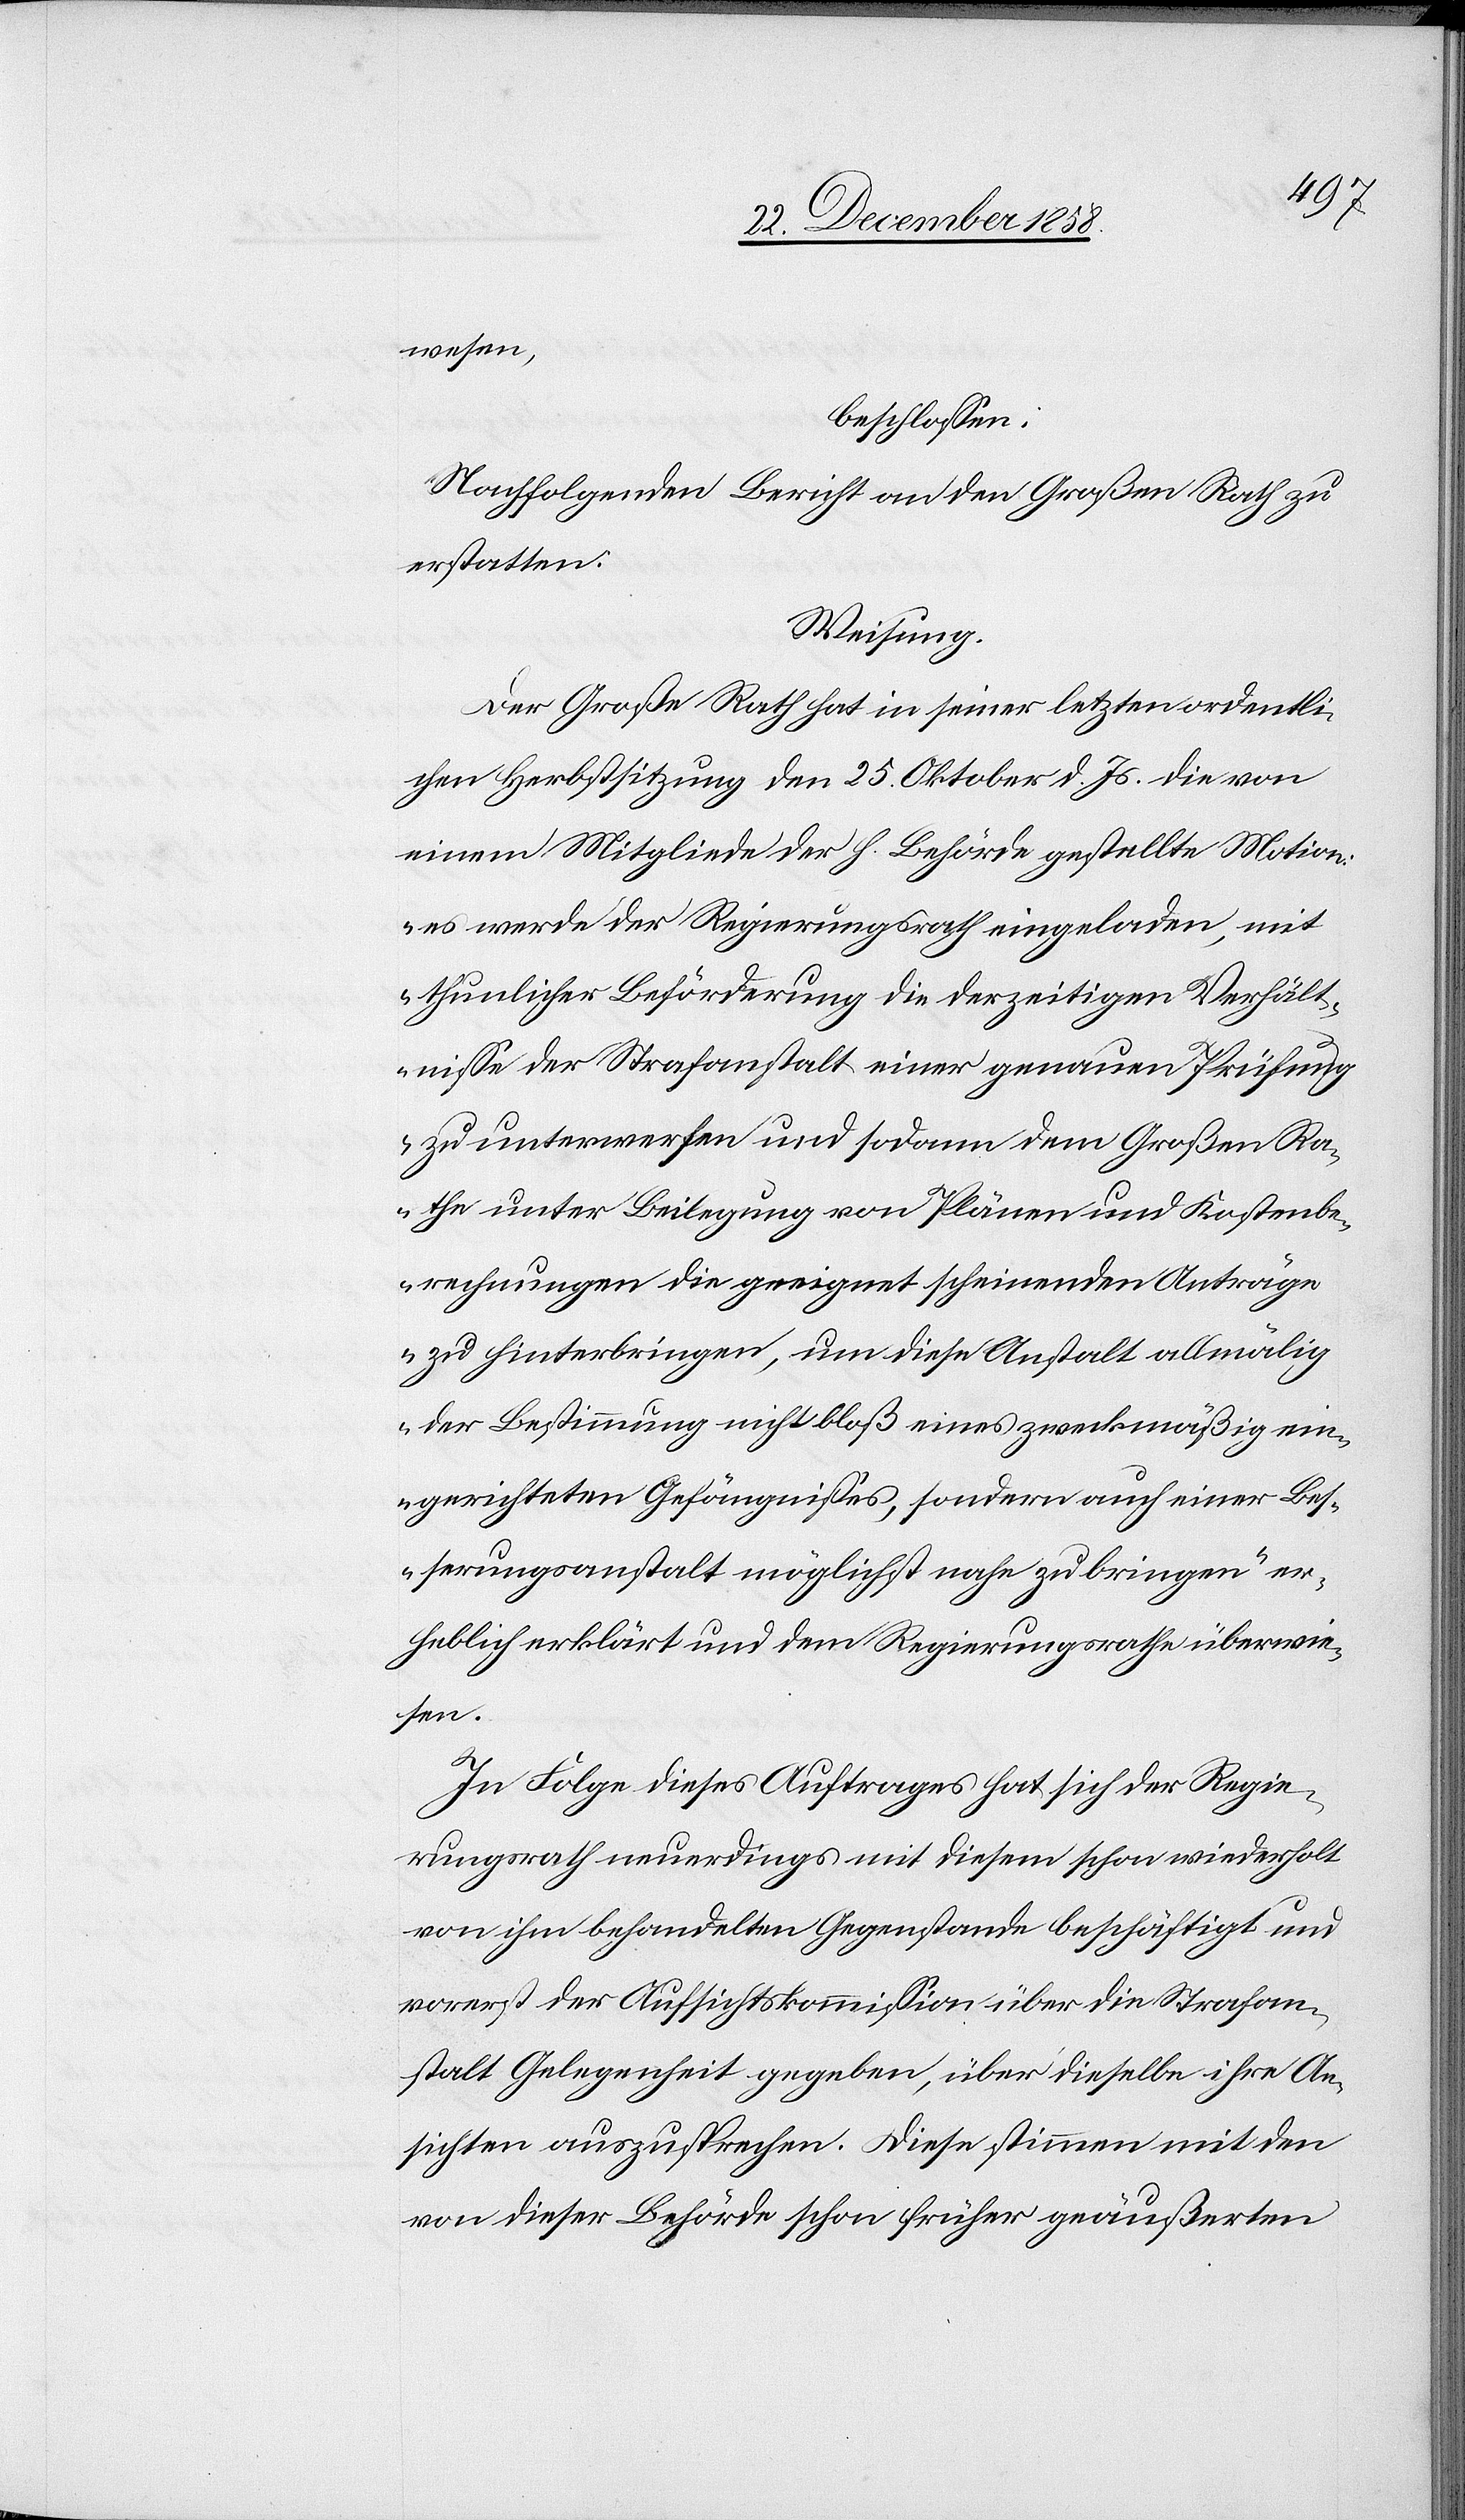
13
sen
5.